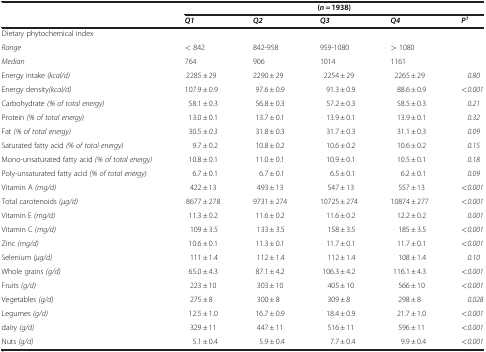
<table><thead><tr><td rowspan="2"><b> </b></td><td colspan="5"><b>( <i>n</i>  = 1938)</b></td></tr><tr><td><b> <i>Q1</i> </b></td><td><b> <i>Q2</i> </b></td><td><b> <i>Q3</i> </b></td><td><b> <i>Q4</i> </b></td><td><b> <i>P</i><sup><i>1</i> </sup></b></td></tr></thead><tbody><tr><td>Dietary phytochemical index</td><td> </td><td> </td><td> </td><td> </td><td> </td></tr><tr><td><i>Range</i></td><td>&lt; 842</td><td>842-958</td><td>959-1080</td><td>&gt; 1080</td><td> </td></tr><tr><td><i>Median</i></td><td>764</td><td>906</td><td>1014</td><td>1161</td><td> </td></tr><tr><td>Energy intake <i>(kcal/d)</i></td><td>2285 ± 29</td><td>2290 ± 29</td><td>2254 ± 29</td><td>2265 ± 29</td><td><i>0.80</i></td></tr><tr><td>Energy density<i>(kcal/d)</i></td><td>107.9 ± 0.9</td><td>97.6 ± 0.9</td><td>91.3 ± 0.9</td><td>88.6 ± 0.9</td><td><i>&lt;0.001</i></td></tr><tr><td>Carbohydrate <i>(% of total energy)</i></td><td>58.1 ± 0.3</td><td>56.8 ± 0.3</td><td>57.2 ± 0.3</td><td>58.5 ± 0.3</td><td><i>0.21</i></td></tr><tr><td>Protein <i>(% of total energy)</i></td><td>13.0 ± 0.1</td><td>13.7 ± 0.1</td><td>13.9 ± 0.1</td><td>13.9 ± 0.1</td><td><i>0.32</i></td></tr><tr><td>Fat <i>(% of total energy)</i></td><td>30.5 ± <i>0.3</i></td><td>31.8 ± 0.3</td><td>31.7 ± 0.3</td><td>31.1 ± 0.3</td><td><i>0.09</i></td></tr><tr><td>Saturated fatty acid <i>(% of total energy)</i></td><td>9.7 ± 0.2</td><td>10.8 ± 0.2</td><td>10.6 ± 0.2</td><td>10.6 ± 0.2</td><td><i>0.15</i></td></tr><tr><td>Mono-unsaturated fatty acid <i>(% of total energy)</i></td><td>10.8 ± 0.1</td><td>11.0 ± 0.1</td><td>10.9 ± 0.1</td><td>10.5 ± 0.1</td><td><i>0.18</i></td></tr><tr><td>Poly-unsaturated fatty acid <i>(% of total energy)</i></td><td>6.7 ± 0.1</td><td>6.7 ± 0.1</td><td>6.5 ± 0.1</td><td>6.2 ± 0.1</td><td><i>0.09</i></td></tr><tr><td>Vitamin A <i>(mg/d)</i></td><td>422 ± 13</td><td>493 ± 13</td><td>547 ± 13</td><td>557 ± 13</td><td><i>&lt;0.001</i></td></tr><tr><td>Total carotenoids <i>(μg/d)</i></td><td>8677 ± 278</td><td>9731 ± 274</td><td>10725 ± 274</td><td>10874 ± 277</td><td><i>&lt;0.001</i></td></tr><tr><td>Vitamin E <i>(mg/d)</i></td><td>11.3 ± 0.2</td><td>11.6 ± 0.2</td><td>11.6 ± 0.2</td><td>12.2 ± 0.2</td><td><i>0.001</i></td></tr><tr><td>Vitamin C <i>(mg/d)</i></td><td>109 ± 3.5</td><td>133 ± 3.5</td><td>158 ± 3.5</td><td>185 ± 3.5</td><td><i>&lt;0.001</i></td></tr><tr><td>Zinc <i>(mg/d)</i></td><td>10.6 ± 0.1</td><td>11.3 ± 0.1</td><td>11.7 ± 0.1</td><td>11.7 ± 0.1</td><td><i>&lt;0.001</i></td></tr><tr><td>Selenium <i>(μg/d)</i></td><td>111 ± 1.4</td><td>112 ± 1.4</td><td>112 ± 1.4</td><td>108 ± 1.4</td><td><i>0.10</i></td></tr><tr><td>Whole grains <i>(g/d)</i></td><td>65.0 ± 4.3</td><td>87.1 ± 4.2</td><td>106.3 ± 4.2</td><td>116.1 ± 4.3</td><td><i>&lt;0.001</i></td></tr><tr><td>Fruits <i>(g/d)</i></td><td>223 ± 10</td><td>303 ± 10</td><td>405 ± 10</td><td>566 ± 10</td><td><i>&lt;0.001</i></td></tr><tr><td>Vegetables <i>(g/d)</i></td><td>275 ± 8</td><td>300 ± 8</td><td>309 ± 8</td><td>298 ± 8</td><td><i>0.028</i></td></tr><tr><td>Legumes <i>(g/d)</i></td><td>12.5 ± 1.0</td><td>16.7 ± 0.9</td><td>18.4 ± 0.9</td><td>21.7 ± 1.0</td><td><i>&lt;0.001</i></td></tr><tr><td>dairy <i>(g/d)</i></td><td>329 ± 11</td><td>447 ± 11</td><td>516 ± 11</td><td>596 ± 11</td><td><i>&lt;0.001</i></td></tr><tr><td>Nuts <i>(g/d)</i></td><td>5.1 ± 0.4</td><td>5.9 ± 0.4</td><td>7.7 ± 0.4</td><td>9.9 ± 0.4</td><td><i>&lt;0.001</i></td></tr></tbody></table>